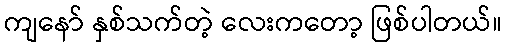
ကျနော် နှစ်သက်တဲ့ လေးကတော့ ဖြစ်ပါတယ်။